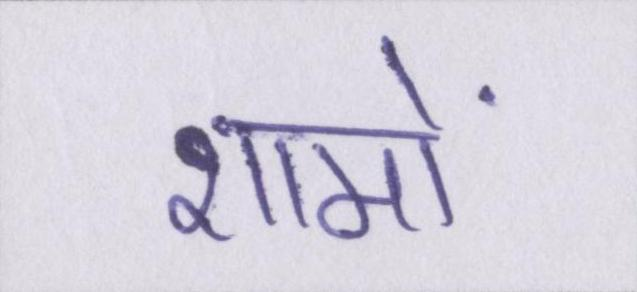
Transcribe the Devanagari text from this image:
शामों